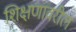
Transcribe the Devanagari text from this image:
शिक्षणावरील